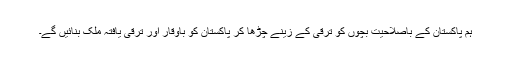
ہم پاکستان کے باصلاحیت بچوں کو ترقی کے زینے چڑھا کر پاکستان کو باوقار اور ترقی یافتہ ملک بنائیں گے۔